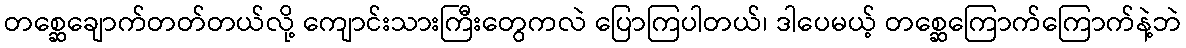
တစ္ဆေချောက်တတ်တယ်လို့ ကျောင်းသားကြီးတွေကလဲ ပြောကြပါတယ်၊ ဒါပေမယ့် တစ္ဆေကြောက်ကြောက်နဲ့ဘဲ